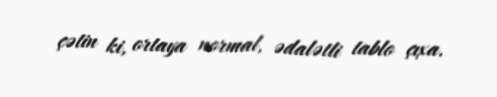
çətin ki, ortaya normal, ədalətli tablo çıxa.